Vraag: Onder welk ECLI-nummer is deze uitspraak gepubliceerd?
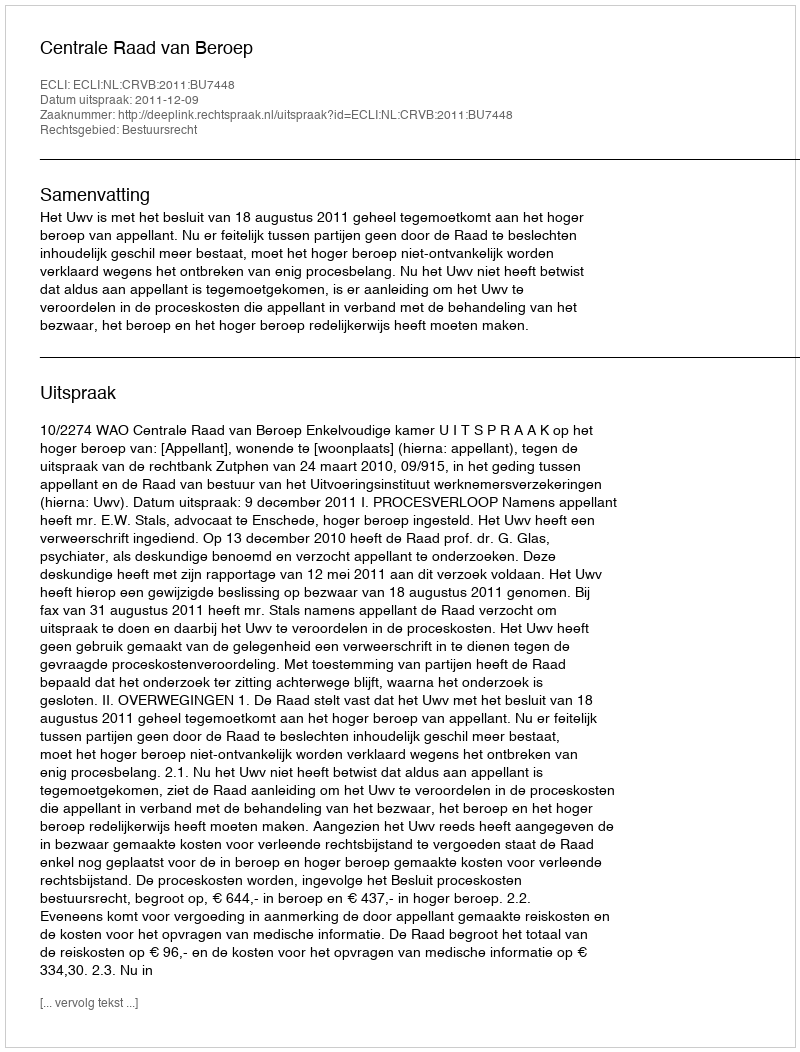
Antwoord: ECLI:NL:CRVB:2011:BU7448